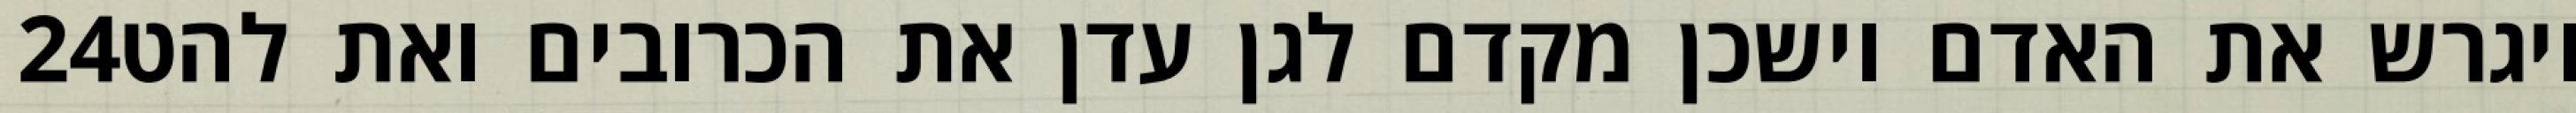
‎24‏ ויגרש את האדם וישכן מקדם לגן עדן את הכרובים ואת להט